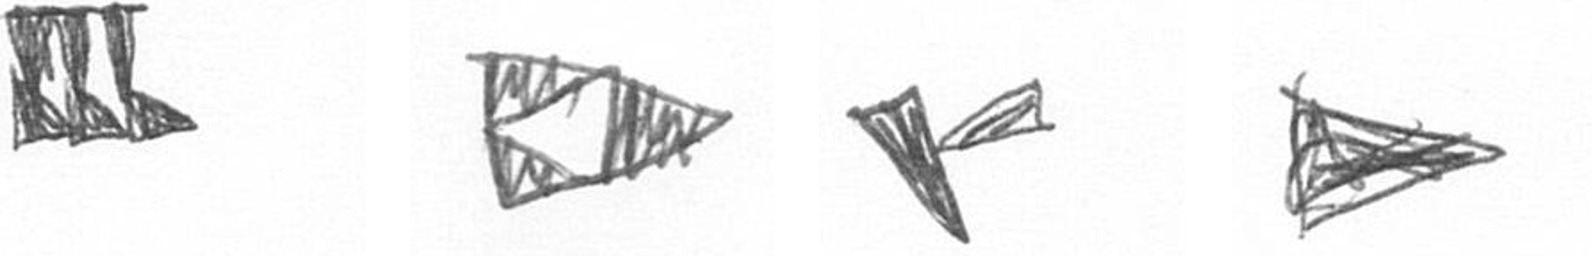
D K F T